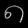
Digit: ၈